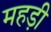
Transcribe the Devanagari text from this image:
महड़ी